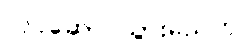
လုပ်ဆောင်သွားမည်ဟု